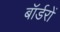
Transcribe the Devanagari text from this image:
बॉर्डरों